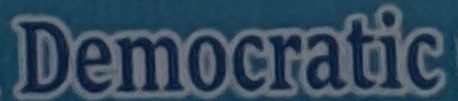
Democratic